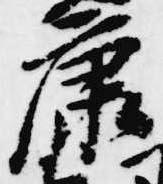
康